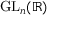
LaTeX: { \mathrm { G L } } _ { n } ( \mathbb { R } )